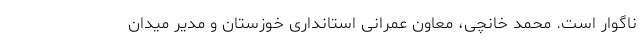
ناگوار است. محمد خانچی، معاون عمرانی استانداری خوزستان و مدیر میدانِ